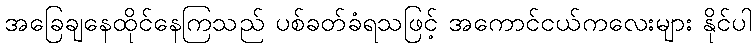
အခြေချနေထိုင်နေကြသည် ပစ်ခတ်ခံရသဖြင့် အကောင်ငယ်ကလေးများ နိုင်ပါ